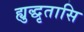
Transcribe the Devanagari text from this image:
ह्युद्धृतासि